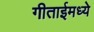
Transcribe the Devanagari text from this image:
गीताईमध्ये